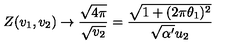
Z ( v _ { 1 } , v _ { 2 } ) \rightarrow \frac { \sqrt { 4 \pi } } { \sqrt { v _ { 2 } } } = \frac { \sqrt { 1 + ( 2 \pi \theta _ { 1 } ) ^ { 2 } } } { \sqrt { \alpha ^ { \prime } } u _ { 2 } }